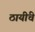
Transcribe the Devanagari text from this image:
ठायींचे